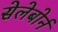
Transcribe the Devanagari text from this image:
सेलेबोर्न